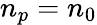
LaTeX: n_{p}=n_{0}